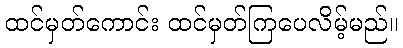
ထင်မှတ်ကောင်း ထင်မှတ်ကြပေလိမ့်မည်။